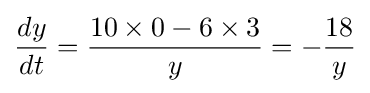
{\frac {dy}{dt}}={\frac {10\times 0-6\times 3}{y}}=-{\frac {18}{y}}